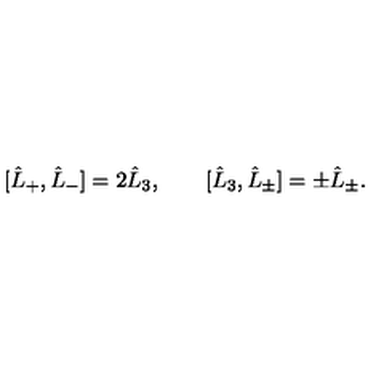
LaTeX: [ \hat { L } _ { + } , \hat { L } _ { - } ] = 2 \hat { L } _ { 3 } , \qquad [ \hat { L } _ { 3 } , \hat { L } _ { \pm } ] = \pm \hat { L } _ { \pm } .